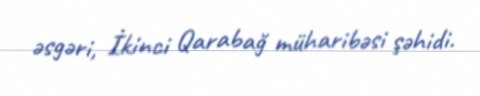
əsgəri, İkinci Qarabağ müharibəsi şəhidi.